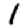
Digit: 1